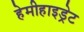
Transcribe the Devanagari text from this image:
हेमीहाइड्रेट